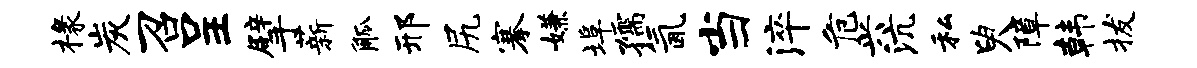
椽炭召呈擘薪觚邢尻搴嫌埠孺氤当淬危兴沆私臾障韩拔